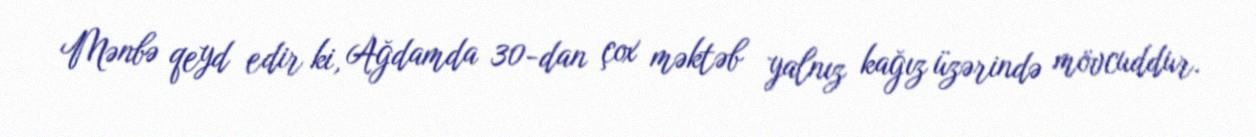
Mənbə qeyd edir ki, Ağdamda 30-dan çox məktəb yalnız kağız üzərində mövcuddur.